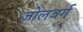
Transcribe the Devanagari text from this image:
ज़ोलबर्ग